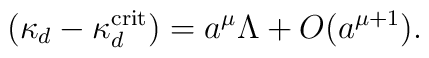
(\kappa_d -\kappa_d^{\rm crit})=a^\mu\Lambda +O(a^{\mu +1}).